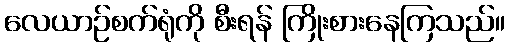
လေယာဉ်စက်ရုံကို စီးရန် ကြိုးစားနေကြသည်။